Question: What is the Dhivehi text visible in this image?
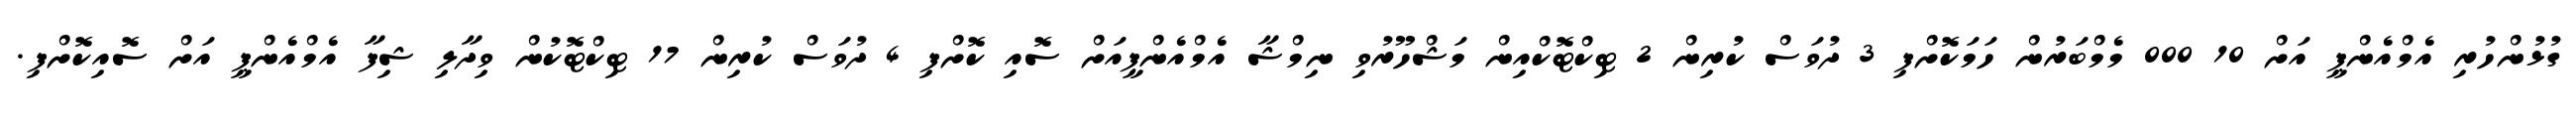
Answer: ގުޅުންހުރި އެމްއެންޕީ އަށް 10 000 މެމްބަރުން ހަމަކޮށްފި 3 ދުވަސް ކުރިން 2 ޓިކްޓޮކްއިން މަޝްހޫރުވި ނިމްޝާ އެމްއެންޕީއަށް ސޮއި ކޮށްފި 4 ދުވަސް ކުރިން 17 ޓިކްޓޮކުން ވިދާލި ޝިފާ އެމްއެންޕީ އަށް ސޮއިކޮށްފި.